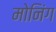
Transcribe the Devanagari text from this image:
मोनिंग